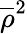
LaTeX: \overline{{\rho}}^{2}